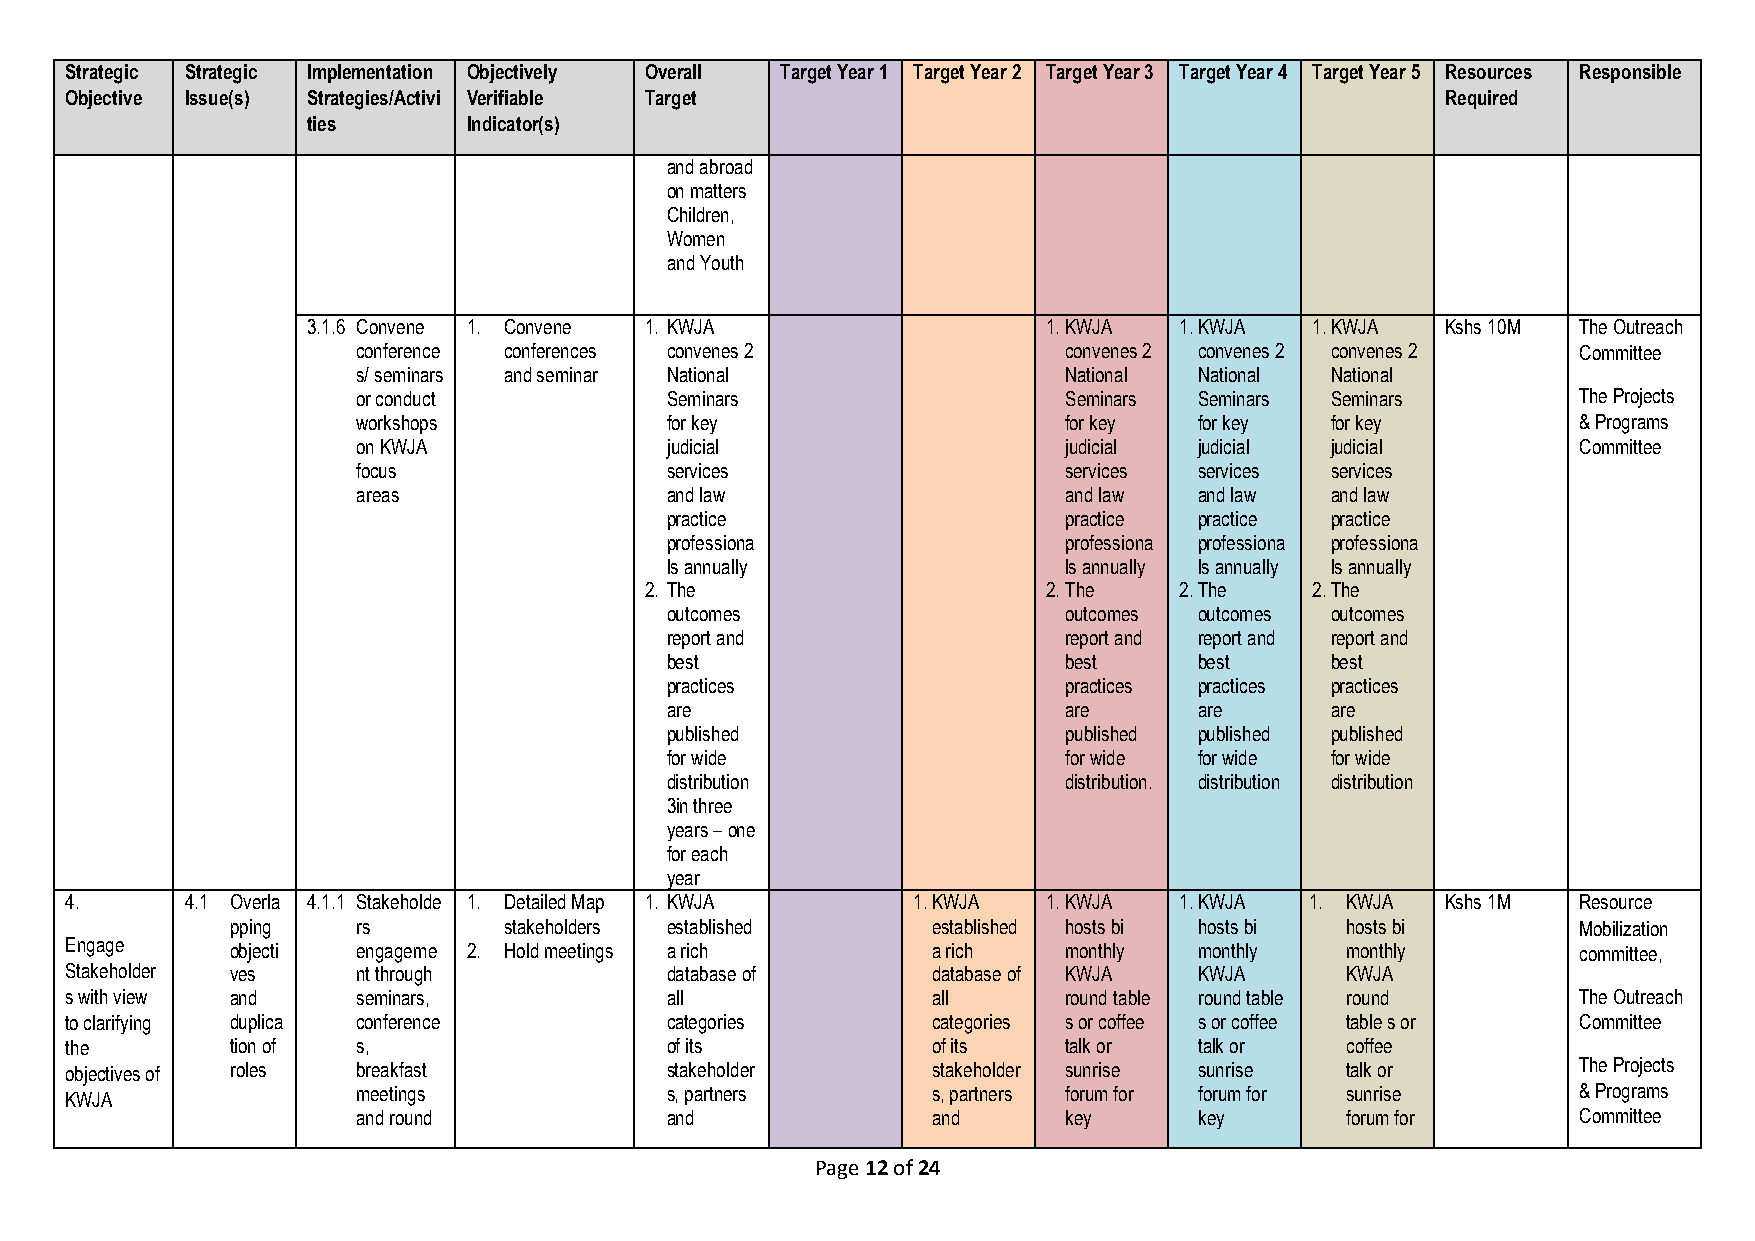
Strategic Strategic Implementation Objectively Overall Target Year 1 Target Year 2 Target Year 3 Target Year 4 Target Year 5 Resources Responsible
 Objective Issue(s) Strategies/Activi Verifiable Target                                      Required
 ties       Indicator(s)
 and abroad
 on matters
 Children,
 Women
 and Youth
 3.1.6 Convene 1. Convene 1. KWJA                 1. KWJA  1. KWJA  1. KWJA  Kshs 10M The Outreach
 conference conferences convenes 2             convenes 2 convenes 2 convenes 2   Committee
 s/ seminars and seminar National              National National National
 or conduct          Seminars                  Seminars Seminars Seminars         The Projects
 workshops           for key                   for key  for key  for key          & Programs
 on KWJA             judicial                  judicial judicial judicial         Committee
 focus               services                  services services services
 areas               and law                   and law  and law  and law
 practice                  practice practice practice
 professiona               professiona professiona professiona
 ls annually               ls annually ls annually ls annually
 2. The                    2. The   2. The   2. The
 outcomes                  outcomes outcomes outcomes
 report and                report and report and report and
 best                      best     best     best
 practices                 practices practices practices
 are                       are      are      are
 published                 published published published
 for wide                  for wide for wide for wide
 distribution              distribution. distribution distribution
 3in three
 years – one
 for each
 year
 4.      4.1 Overla 4.1.1 Stakeholde 1. Detailed Map 1. KWJA 1. KWJA 1. KWJA 1. KWJA 1. KWJA Kshs 1M  Resource
 pping    rs       stakeholders established     established hosts bi hosts bi hosts bi     Mobilization
 Engage     objecti  engageme 2. Hold meetings a rich      a rich  monthly  monthly   monthly         committee,
 Stakeholder ves     nt through          database of       database of KWJA KWJA      KWJA
 s with view and     seminars,           all               all     round table round table round      The Outreach
 to clarifying duplica conference        categories        categories s or coffee s or coffee table s or Committee
 the        tion of  s,                  of its            of its  talk or  talk or   coffee
 objectives of roles breakfast           stakeholder       stakeholder sunrise sunrise talk or        The Projects
 KWJA                meetings            s, partners       s, partners forum for forum for sunrise    & Programs
 and round           and               and     key      key       forum for       Committee
 Page 12 of 24